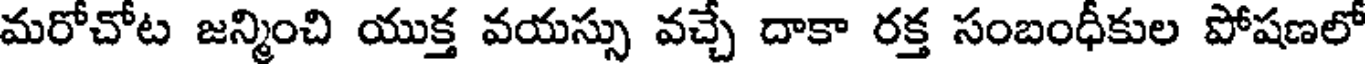
మరోచోట జన్మించి యుక్త వయస్సు వచ్చే దాకా రక్త సంబంధీకుల పోషణలో